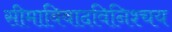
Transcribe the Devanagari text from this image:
सीमाविवादविनिश्चय